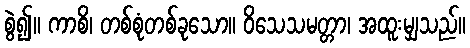
စွဲ၍။ ကာစိ၊ တစ်စုံတစ်ခုသော။ ဝိသေသမတ္တာ၊ အထူးမျှသည်။